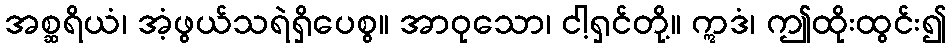
အစ္ဆရိယံ၊ အံ့ဖွယ်သရဲရှိပေစွ။ အာဝုသော၊ ငါ့ရှင်တို့။ ဣဒံ၊ ဤထိုးထွင်း၍